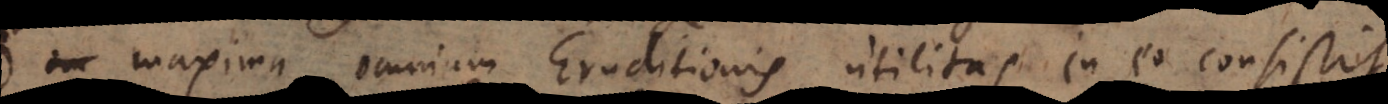
maxima omnium Eruditionis utilitas in eo consistit,